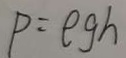
P = \rho g h